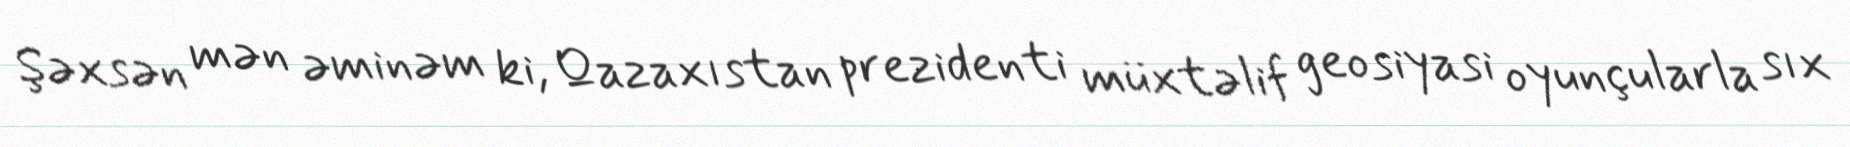
Şəxsən mən əminəm ki, Qazaxıstan prezidenti müxtəlif geosiyasi oyunçularla sıx